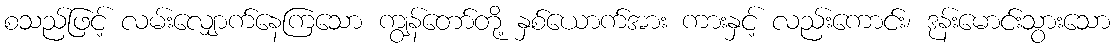
စသည်ဖြင့် လမ်းလျှောက်နေကြသော ကျွန်တော်တို့ နှစ်ယောက်အား ကားနှင့် လည်းကောင်း၊ ဒုန်းမောင်းသွားသော